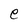
Character: e